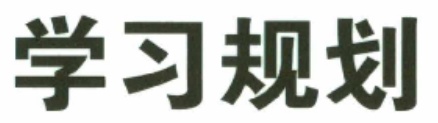
学习规划